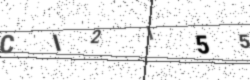
Text: CI2I55